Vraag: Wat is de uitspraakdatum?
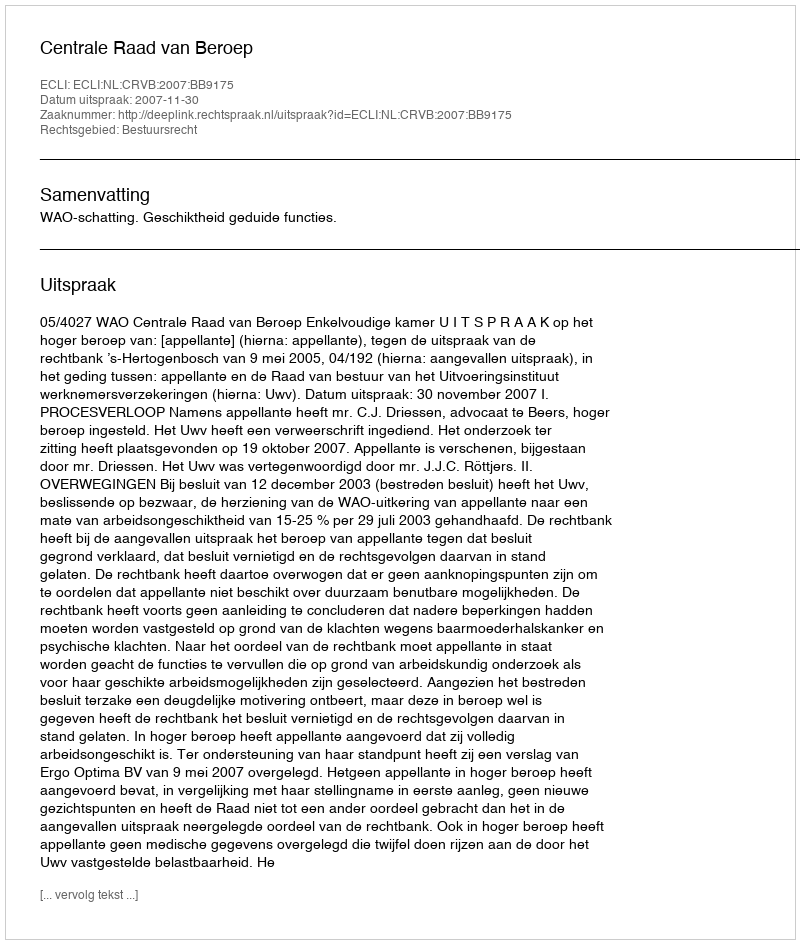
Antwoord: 2007-11-30